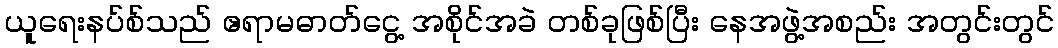
ယူရေးနပ်စ်သည် ဧရာမဓာတ်ငွေ့ အစိုင်အခဲ တစ်ခုဖြစ်ပြီး နေအဖွဲ့အစည်း အတွင်းတွင်